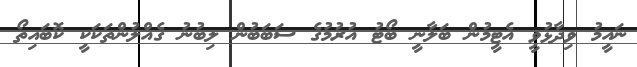
ނައީމު ވިދާޅުވީ އެޓީމުން ބަލާނީ ބޯޓު އުރުމުގެ ސަބަބުން ލިބުނު ގެއްލުންތަކަކީ ކޮބައިތޯ